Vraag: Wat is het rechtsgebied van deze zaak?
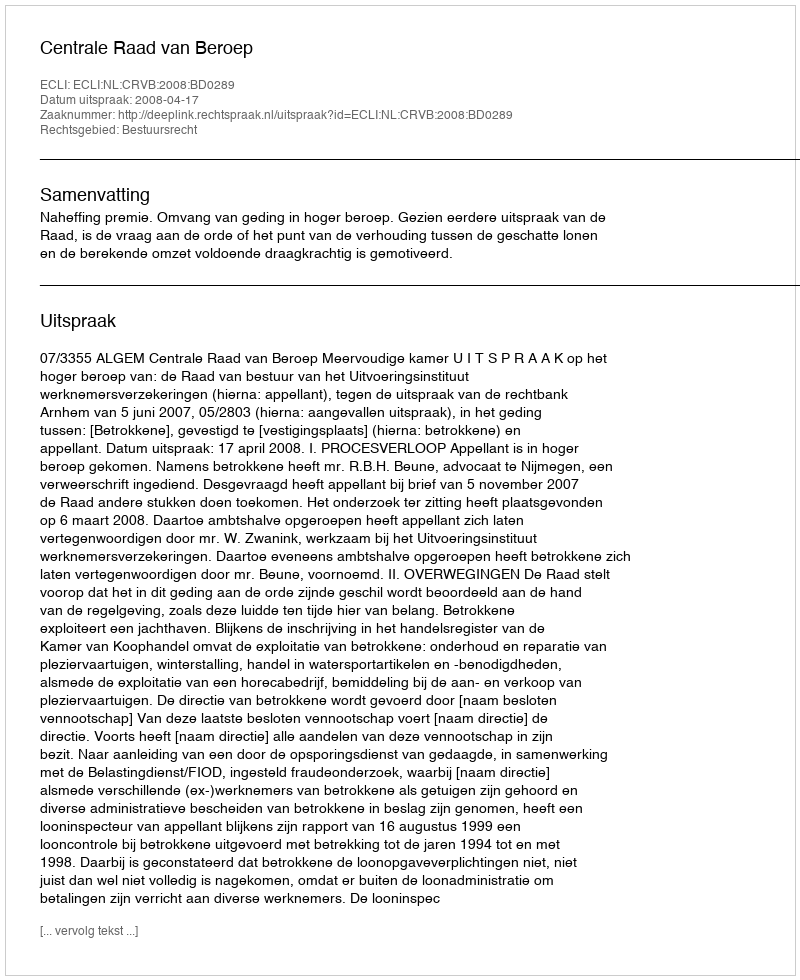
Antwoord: Bestuursrecht